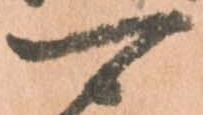
可